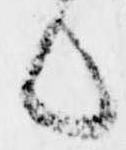
候